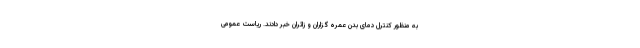
به منظور کنترل دمای بدن عمره گزاران و زائران خبر دادند. ریاست عمومی